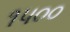
૧૫૦૦